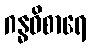
ဂန္ဓဝိစာရေ